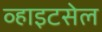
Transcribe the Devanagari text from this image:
व्हाइटसेल